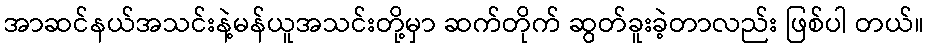
အာဆင်နယ်အသင်းနဲ့မန်ယူအသင်းတို့မှာ ဆက်တိုက် ဆွတ်ခူးခဲ့တာလည်း ဖြစ်ပါ တယ်။